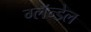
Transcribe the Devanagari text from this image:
ग्लॅन्डेल